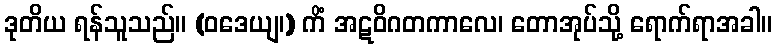
ဒုတိယ ရန်သူသည်။ (ဝဒေယျ၊) ကိံ အဋဝိဂတကာလေ၊ တောအုပ်သို့ ရောက်ရာအခါ။